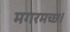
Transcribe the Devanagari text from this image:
मगरमच्छ।